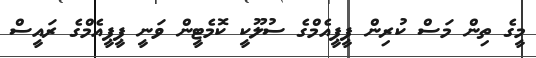
މީގެ ތިން މަސް ކުރިން ޕީޕީއެމްގެ ސުލޫކީ ކޮމެޓީން ވަނީ ޕީޕީއެމްގެ ރައީސް